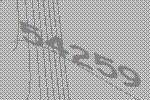
54259